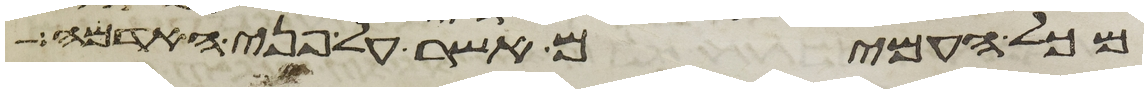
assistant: מכל העמים אשר על פני האדמה